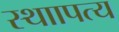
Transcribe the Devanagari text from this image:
स्थाापत्य